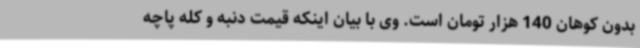
بدون کوهان 140 هزار تومان است. وی با بیان اینکه قیمت دنبه و کله پاچه